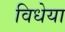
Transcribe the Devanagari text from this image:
विधेया